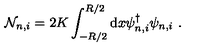
{ \cal N } _ { n , i } = 2 K \int _ { - R / 2 } ^ { R / 2 } \mathrm { d } x \psi _ { n , i } ^ { \dagger } \psi _ { n , i } \ .